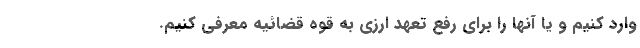
وارد کنیم و یا آنها را برای رفع تعهد ارزی به قوه قضائیه معرفی کنیم.